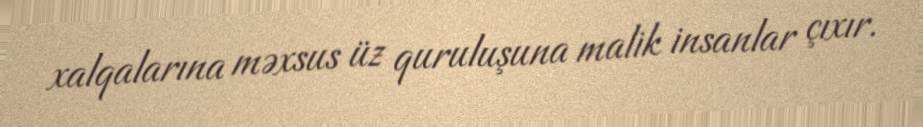
xalqalarına məxsus üz quruluşuna malik insanlar çıxır.